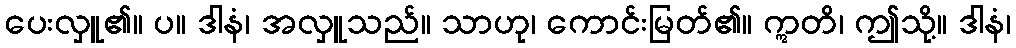
ပေးလှူ၏။ ပ။ ဒါနံ၊ အလှူသည်။ သာဟု၊ ကောင်းမြတ်၏။ ဣတိ၊ ဤသို့။ ဒါနံ၊